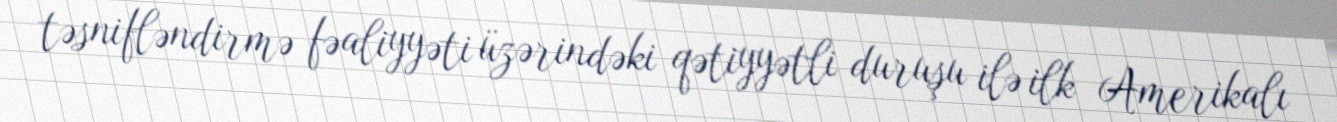
təsnifləndirmə fəaliyyəti üzərindəki qətiyyətli duruşu ilə ilk Amerikalı